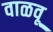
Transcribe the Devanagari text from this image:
वाळवू